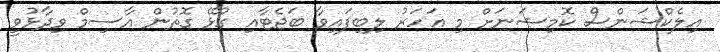
އިލެކްޝަންސް ކޮމިޝަނަށް މި އަހަރު ލިބިފައިވާ ބަޖެޓާއި ގުޅޭ ގޮތުން އާސިމް ވިދާޅުވީ